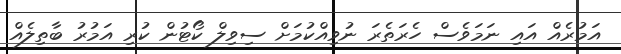
އަމުރެއް އައި ނަމަވެސް ހެރަތެރަ ނުވިއްކުމަށް ސިވިލް ކޯޓުން ކުރި އަމުރު ބާތިލެއް